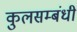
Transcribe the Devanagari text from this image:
कुलसम्बंधी